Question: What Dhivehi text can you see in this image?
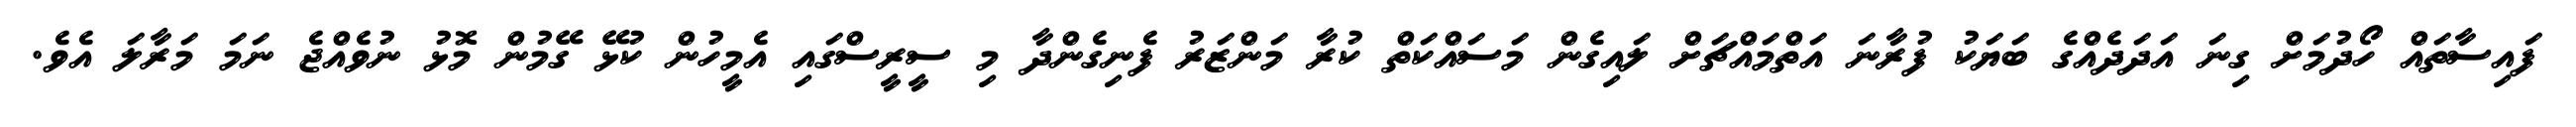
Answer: ފައިސާތައް ހޯދުމަށް ގިނަ އަދަދެއްގެ ބަޔަކު ފުރާނަ އަތްމައްޗަށް ލައިގެން މަސައްކަތް ކުރާ މަންޒަރު ފެނިގެންދާ މި ސީރީސްގައި އެމީހުން ކުޅޭ ގޭމުން މޮޅު ނުވެއްޖެ ނަމަ މަރާލަ އެވެ.